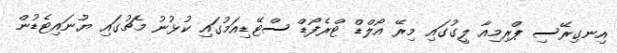
އިނގިރޭސި ޕްރިމިއާ ލީގުގައި މިރޭ އޯލްޑް ޓްރެފޯޑް ސްޓޭޑިއަމުގައި ކުޅުނު މެޗުގައި ޔުނައިޓެޑުން